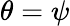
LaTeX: \theta=\psi